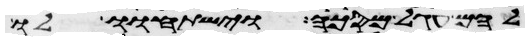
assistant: להם עגל מסכה וישתחוו לו